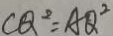
C Q ^ { 2 } = A Q ^ { 2 }